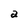
Character: a